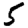
Digit: 5